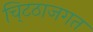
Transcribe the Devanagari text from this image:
चि्टठाजगत